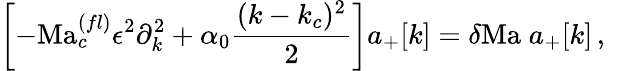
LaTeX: \left[-\mathrm{Ma}_{c}^{(fl)}\epsilon^{2}\partial_{k}^{2}+\alpha_{0}\frac{(k-k_{c})^{2}}{2}\right]{a_{+}[k]}=\delta\mathrm{Ma}\; {a_{+}[k]}\, ,\